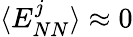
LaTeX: \langle E_{NN}^{j}\rangle\approx 0